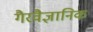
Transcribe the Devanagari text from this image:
गैरवैज्ञानिक